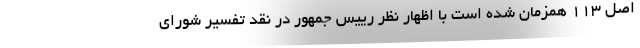
اصل ۱۱۳ همزمان شده است با اظهار نظر رییس جمهور در نقد تفسیر شورای